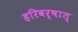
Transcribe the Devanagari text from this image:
हरिवर्षात्